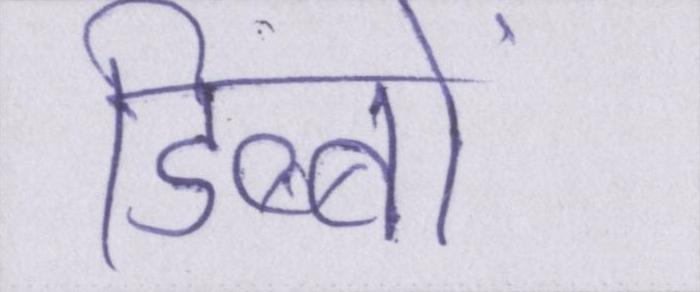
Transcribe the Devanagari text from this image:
डिब्बों